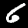
Label: 6